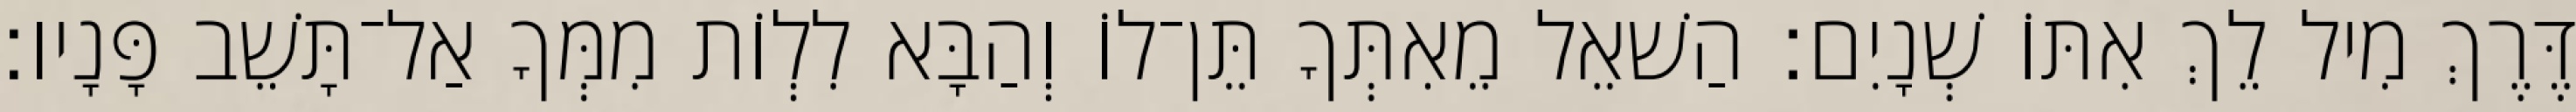
דֶּרֶךְ מִיל לֵךְ אִתּוֹ שְׁנָיִם׃ הַשׁאֵל מֵאִתְּךָ תֵּן־לוֹ וְהַבָּא לִלְוֹת מִמְּךָ אַל־תָּשֵׁב פָּנָיו׃